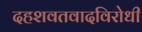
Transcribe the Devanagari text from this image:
दहशवतवादविरोधी